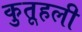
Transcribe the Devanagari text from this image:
कुतूहली